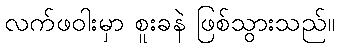
လက်ဖဝါးမှာ စူးခနဲ ဖြစ်သွားသည်။